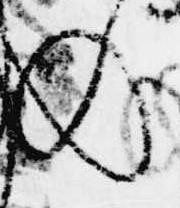
の